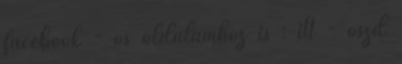
facebook - os oldalamhoz is : itt - oszd